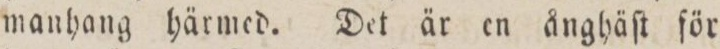
manhang härmed. Det är en ånghäſt för